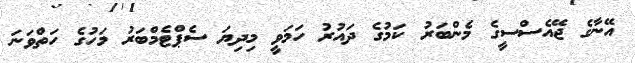
އޭނާގެ ޖޭއެސްސީގެ މެންބަރު ކަމުގެ ދައުރު ހަމަވީ މިދިޔަ ސެޕްޓެމްބަރު މަހުގެ ހަތްވަނަ